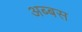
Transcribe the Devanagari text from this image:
अब्बस